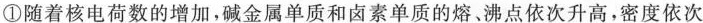
①随着核电荷数的增加，碱金属单质和卤素单质的熔。沸点依次升高，密度依次